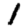
Digit: 1